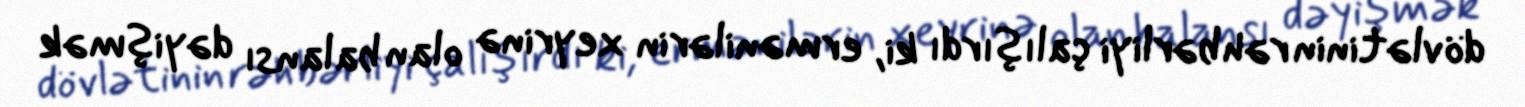
dövlətinin rəhbərliyi çalışırdı ki, ermənilərin xeyrinə olan balansı dəyişmək